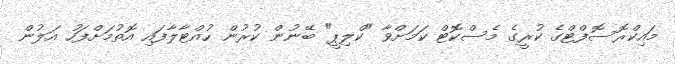
މައިކްރޮސޮފްޓްގެ ކުރީގެ މެސްކޮޓް ކަމަށްވާ "ކްލިޕީ" ބޭނުން ކުރުން ހުއްޓާލާފައި އޮތުމަށްފަހު އަލުން